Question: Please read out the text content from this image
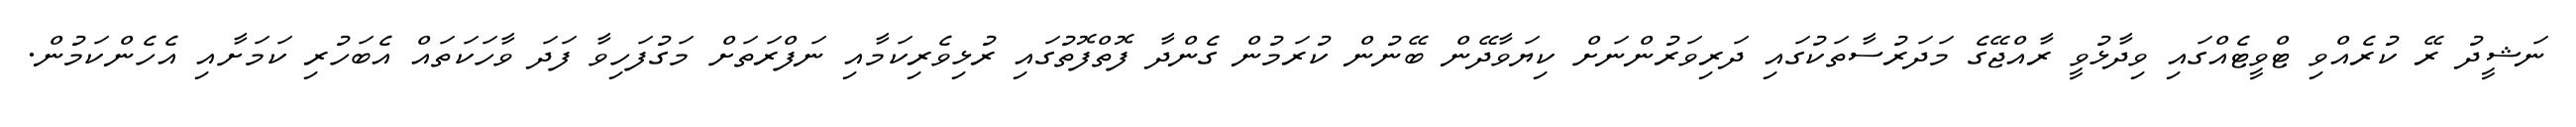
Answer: ނަޝީދު ރޭ ކުރެއްވި ޓްވީޓެއްގައި ވިދާޅުވީ ރާއްޖޭގެ މަދަރުސާތަކުގައި ދަރިވަރުންނަށް ކިޔަވާދޭން ބޭނުން ކުރަމުން ގެންދާ ފޮތްފޮތުގައި ރުޅިވެރިކަމާއި ނަފްރަތަށް މަގުފަހިވާ ފަދަ ވާހަކަތައް އެބަހުރި ކަމަށާއި އެހެންކަމުން.